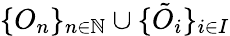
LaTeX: \{ O_{n}\} _{n\in\mathbb{N}}\cup\{ \tilde{O}_{i}\} _{i\in I}